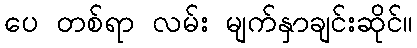
ပေ တစ်ရာ လမ်း မျက်နှာချင်းဆိုင်။